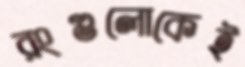
রংগুলোকেই